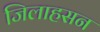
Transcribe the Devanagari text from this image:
जिलाहसन